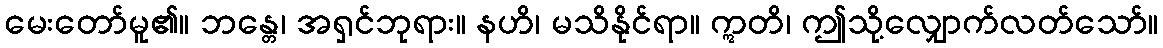
မေးတော်မူ၏။ ဘန္တေ၊ အရှင်ဘုရား။ နဟိ၊ မသိနိုင်ရာ။ ဣတိ၊ ဤသို့လျှောက်လတ်သော်။